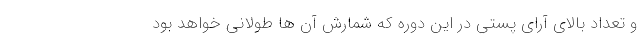
و تعداد بالای آرای پستی در این دوره که شمارش آن ها طولانی خواهد بود